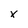
Character: x